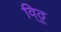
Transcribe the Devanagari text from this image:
वि्ठू